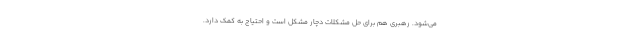
مى‌شود. رهبرى هم براى حل ‌مشكلات دچار مشكل است و احتیاج به كمك دارد.